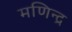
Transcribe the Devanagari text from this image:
मणिन्द्र